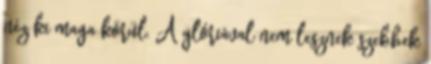
néz ki maga körül. A glóriával nem lesznek szebbek